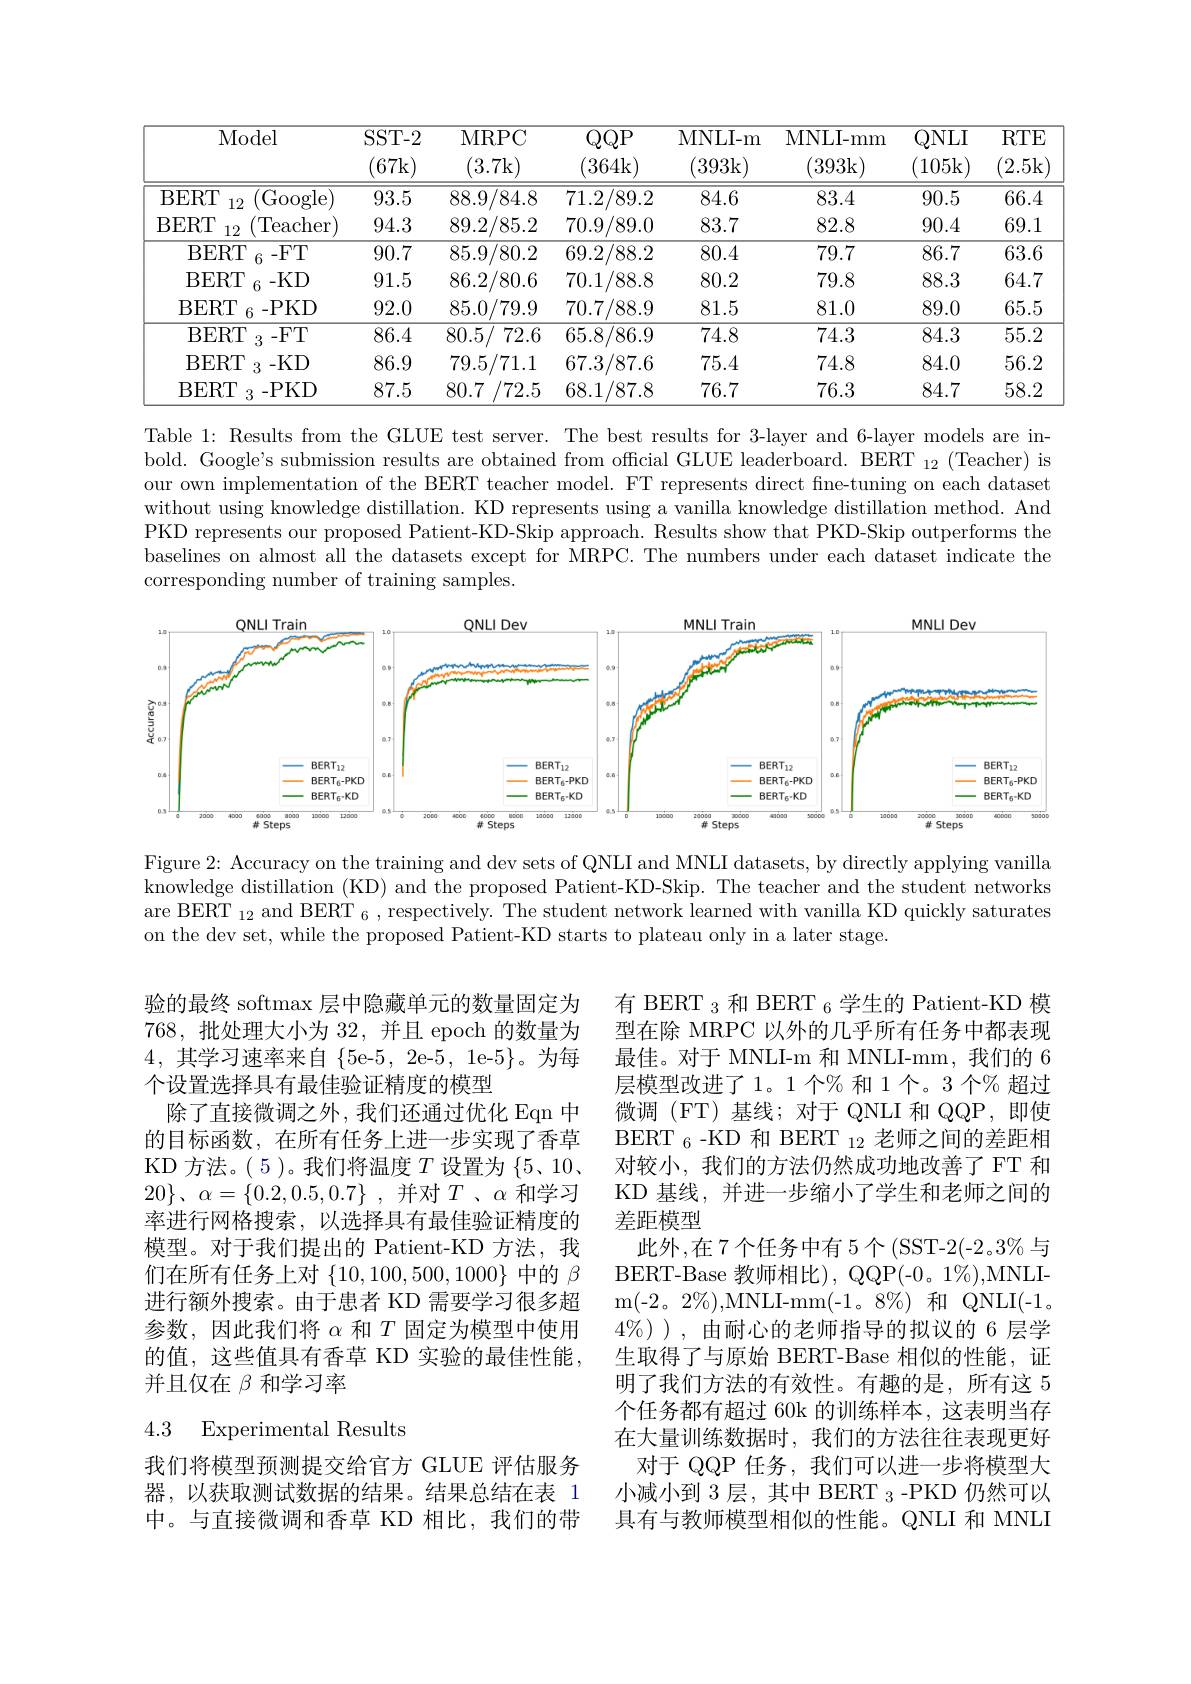
<table>
	<tbody>
		<tr>
			<th>Model</th>
			<th>$SST-2$ (67k</th>
			<th>MRPC (3.7k)</th>
			<th>$QQP$ 364k</th>
			<th>MNLI- m (393k)</th>
			<th>MNLI- mm (393k</th>
			<th>$QNLI$ 105k</th>
			<th>$RTE$ 2.5k</th>
		</tr>
		<tr>
			<td>BERT (Google 12</td>
			<td>93.5</td>
			<td>88.9/84.8</td>
			<td>71.2/89.2</td>
			<td>84.6</td>
			<td>83.4</td>
			<td>90.5</td>
			<td>66.4</td>
		</tr>
		<tr>
			<td>BERT (Teacher 12</td>
			<td>94.3</td>
			<td>89.2/85.2</td>
			<td>70.9/89.0</td>
			<td>83.7</td>
			<td>82.8</td>
			<td>90.4</td>
			<td>69.1</td>
		</tr>
		<tr>
			<td>$\mathrm{BERT}_{\theta}$ 6-FT</td>
			<td>90.7</td>
			<td>85.9/80.2</td>
			<td>69.2/88.2</td>
			<td>80.4</td>
			<td>79.7</td>
			<td>86.7</td>
			<td>63.6</td>
		</tr>
		<tr>
			<td>BERT $6~-KD$ </td>
			<td>91.5</td>
			<td>86.2/80.6</td>
			<td>70.1/88.8</td>
			<td>80.2</td>
			<td>79.8</td>
			<td>88.3</td>
			<td>64.7</td>
		</tr>
		<tr>
			<td>$\mathrm{BERT}_{\theta}$ 6-PKD</td>
			<td>92.0</td>
			<td>85.0/79.9</td>
			<td>70.7/88.9</td>
			<td>81.5</td>
			<td>81.0</td>
			<td>89.0</td>
			<td>65.5</td>
		</tr>
		<tr>
			<td>BERT 3-FT </td>
			<td>86.4</td>
			<td>80.5/ 72.6</td>
			<td>65.8/86.9</td>
			<td>74.8</td>
			<td>74.3</td>
			<td>84.3</td>
			<td>55.2</td>
		</tr>
		<tr>
			<td>$\mathrm{BERT}_{3}$-KD</td>
			<td>86.9</td>
			<td>79.5/71.1</td>
			<td>67.3/87.6</td>
			<td>75.4</td>
			<td>74.8</td>
			<td>84.0</td>
			<td>56.2</td>
		</tr>
		<tr>
			<td>$\mathrm{BERT}_{3}$-PKD</td>
			<td>87.5</td>
			<td>/72.5 80.7</td>
			<td>68.1/87.8</td>
			<td>76.7</td>
			<td>76.3</td>
			<td>84.7</td>
			<td>58.2</td>
		</tr>
	</tbody>
</table>

Table 1: Results from the GLUE test server. The best results for 3-layer and 6-layer models are inbold. Google's submission results are obtained from official GLUE leaderboard. BERT $_12$( Teacher) is our own implementation of the BERT teacher model. FT represents direct fine-tuning on each dataset without using knowledge distillation. KD represents using a vanilla knowledge distillation method. And PKD represents our proposed Patient-KD-Skip approach. Results show that PKD-Skip outperforms the baselines on almost all the datasets except for MRPC. The numbers under each dataset indicate the corresponding number of training samples.

<FigureHere>

Figure 2: Accuracy on the training and dev sets of QNLI and MNLI datasets, by directly applying vanilla knowledge distillation (KD) and the proposed Patient-KD-Skip. The teacher and the student networks are BERT $_12\text{ and BERT }_6$, respectively. The student network learned with vanilla KD quickly saturates on the dev set, while the proposed Patient-KD starts to plateau only in a later stage.

验的最终 softmax 层中隐藏单元的数量固定为768,批处理大小为 32, 并且 epoch 的数量为4,其学习速率来自$\{5$e-5, 2e-5, 1e-5$\}$。为每个设置选择具有最佳验证精度的模型
除了直接微调之外，我们还通过优化 Eqn 中的目标函数，在所有任务上进一步实现了香草KD 方法。( 5 )。我们将温度$T$设置为$\{5、10、$ $20\} $, $\alpha = \{ 0. 2, 0. 5, 0. 7\}$ ,并对$T$ 、$\alpha$和学习率进行网格搜索，以选择具有最佳验证精度的模型。对于我们提出的 Patient-KD 方法，我们在所有任务上对$\{10,100,500,1000\}$中的$\beta$ 进行额外搜索。由于患者 KD 需要学习很多超参数，因此我们将$\alpha$和$T$固定为模型中使用的值，这些值具有香草 KD 实验的最佳性能， 并且仅在$\beta$和学习率

有 BERT $_{3}$和 BERT $_6$学生的 Patient-KD 模型在除 MRPC 以外的几乎所有任务中都表现最佳。对于 MNLI-m 和 MNLI-mm, 我们的 6层模型改进了1。1个% 和 1个。3 个% 超过微调 (FT)基线；对于 QNLI 和 QQP,即使BERT $_{6}$ -KD 和 BERT $_{12}$老师之间的差距相对较小，我们的方法仍然成功地改善了 FT 和KD 基线，并进一步缩小了学生和老师之间的差距模型
此外，在7个任务中有 5个(SST-2(-2。3%与BERT-Base 教师相比), QQP(-0。1%),MNLIm( - 2。2$\%$) , MNLI- mm( - 1。8$\%$) 和 QNLI(-1。$4\% )$ ) , 由耐心的老师指导的拟议的 6 $层 学$ 生取得了与原始 BERT-Base 相似的性能，证明了我们方法的有效性。有趣的是，所有这 5个任务都有超过 60k 的训练样本，这表明当存在大量训练数据时，我们的方法往往表现更好
对于 QQP 任务，我们可以进一步将模型大小减小到 3层，其中 BERT 3-PKD 仍然可以具有与教师模型相似的性能。QNLI 和 MNLI

# 4.3 Experimental Results

我们将模型预测提交给官方 GLUE 评估服务器，以获取测试数据的结果。结果总结在表 1中。与直接微调和香草 KD 相比，我们的带